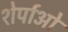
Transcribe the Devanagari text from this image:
शेर्पाओ